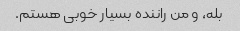
بله، و من راننده بسیار خوبی هستم.